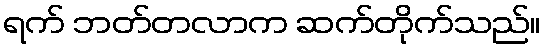
ရက် ဘတ်တလာက ဆက်တိုက်သည်။